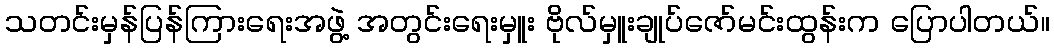
သတင်းမှန်ပြန်ကြားရေးအဖွဲ့ အတွင်းရေးမှူး ဗိုလ်မှူးချုပ်ဇော်မင်းထွန်းက ပြောပါတယ်။